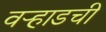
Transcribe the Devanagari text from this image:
वऱ्हाडची